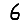
Digit: 6